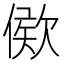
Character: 𣣠